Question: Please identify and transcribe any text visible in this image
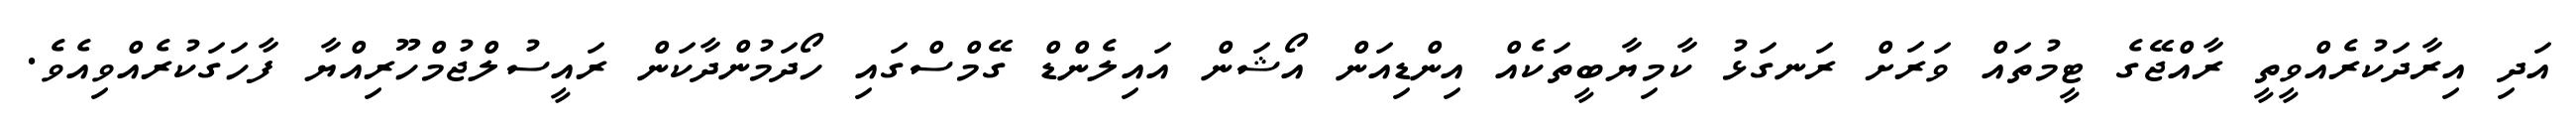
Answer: އަދި އިރާދަކުރެއްވީތީ ރާއްޖޭގެ ޓީމުތައް ވަރަށް ރަނގަޅު ކާމިޔާބީތަކެއް އިންޑިއަން އޯޝަން އައިލެންޑް ގޭމްސްގައި ހޯދަމުންދާކަން ރައީސުލްޖުމްހޫރިއްޔާ ފާހަގަކުރެއްވިއެވެ.